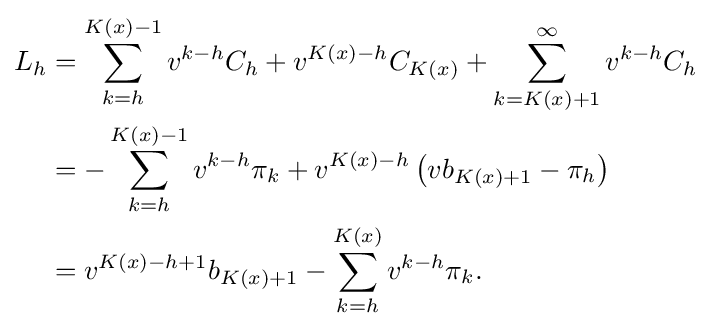
{\begin{aligned}L_{h}&=\sum _{k=h}^{K(x)-1}v^{k-h}C_{h}+v^{K(x)-h}C_{K(x)}+\sum _{k=K(x)+1}^{\infty }v^{k-h}C_{h}\\&=-\sum _{k=h}^{K(x)-1}v^{k-h}\pi _{k}+v^{K(x)-h}\left(vb_{K(x)+1}-\pi _{h}\right)\\&=v^{K(x)-h+1}b_{K(x)+1}-\sum _{k=h}^{K(x)}v^{k-h}\pi _{k}.\end{aligned}}